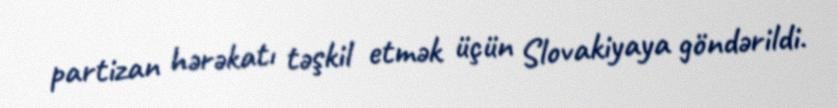
partizan hərəkatı təşkil etmək üçün Slovakiyaya göndərildi.